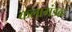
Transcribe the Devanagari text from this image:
कलामंडळ